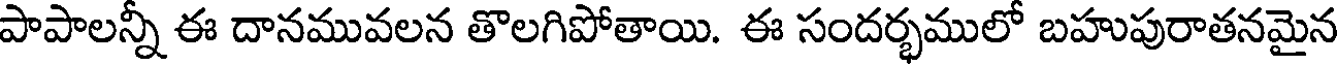
పాపాలన్నీ ఈ దానమువలన తొలగిపోతాయి. ఈ సందర్భములో బహుపురాతనమైన